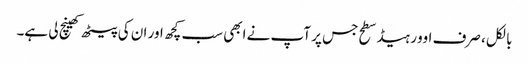
بالکل ، صرف اوور ہیڈ سطح جس پر آپ نے ابھی سب کچھ اور ان کی پیٹھ کھینچ لی ہے۔